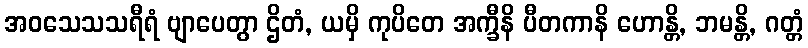
အဝသေသသရီရံ ဗျာပေတွာ ဌိတံ, ယမှိ ကုပိတေ အက္ခီနိ ပီတကာနိ ဟောန္တိ, ဘမန္တိ, ဂတ္တံ